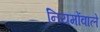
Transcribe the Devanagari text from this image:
नियमोंवाले